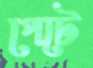
পেটে